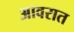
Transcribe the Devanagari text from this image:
आवरात